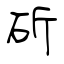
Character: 斫